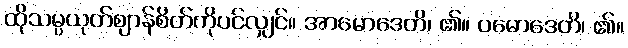
ထိုသမ္ပယုတ်ဈာန်စိတ်ကိုပင်လျှင်။ အာမောဒေတိ၊ ၏။ ပမောဒေတိ၊ ၏။